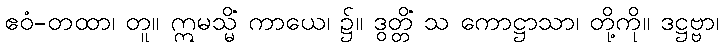
ဧဝံ-တထာ၊ တူ။ ဣမသ္မိံ ကာယေ၊ ၌။ ဒွတ္တိံ သ ကောဋ္ဌာသာ၊ တို့ကို။ ဒဋ္ဌဗ္ဗာ၊